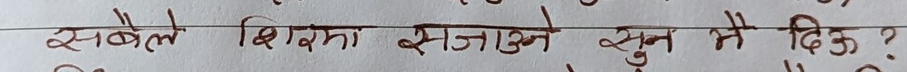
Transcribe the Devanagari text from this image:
सबैले शिक्षा सजाउने सुत्र में दिऊं?